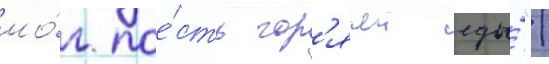
мо́г пое́сть гор'ячеи еды́".